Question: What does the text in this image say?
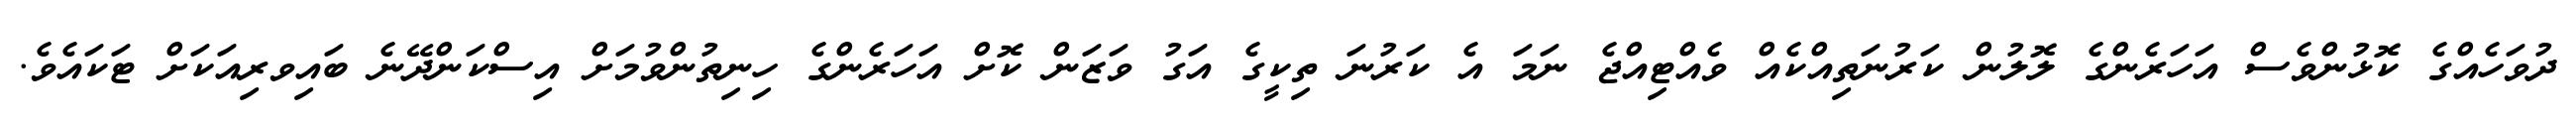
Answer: ދުވަހެއްގެ ކޮޅުންވެސް އަހަރެންގެ ލޮލުން ކަރުނަތިއްކެއް ވެއްޓިއްޖެ ނަމަ އެ ކަރުނަ ތިކީގެ އަގު ވަޒަން ކޮށް އަހަރެންގެ ހިނިތުންވުމަށް އިސްކަންދޭނެ ބައިވރިއަކަށް ޓަކައެވެ.